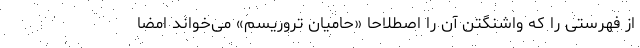
از فهرستی را که واشنگتن آن را اصطلاحاً «حامیان تروریسم» می‌خواند امضا